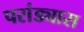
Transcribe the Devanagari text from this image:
परांड्यास